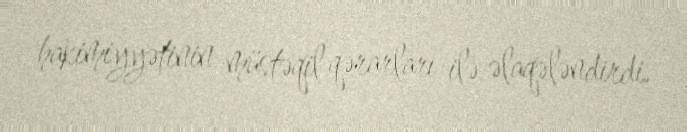
hakimiyyətinin müstəqil qərarları ilə əlaqələndirdi.